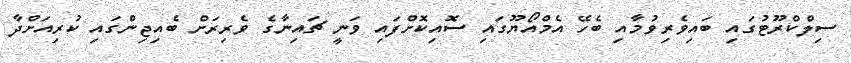
ސިލްކްރޫޓުގައި ބައިވެރިވުމާއި ބެހޭ އެމްއޯޔޫގައި ސޮއިކޮށްފައި ވަނީ ޗައިނާގެ ވެރިރަށް ބެއިޖިންގައި ކުރިއަށްދާ